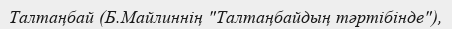
Талтаңбай (Б.Майлиннің "Талтаңбайдың тәртібінде"),